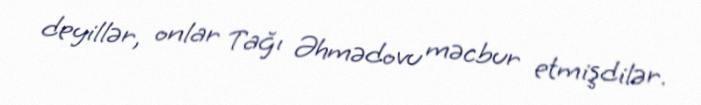
deyillər, onlar Tağı Əhmədovu məcbur etmişdilər.